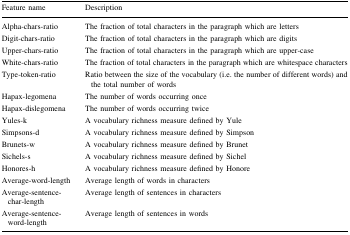
<table><thead><tr><td><b>Feature name</b></td><td><b>Description</b></td></tr></thead><tbody><tr><td>Alpha-chars-ratio</td><td>The fraction of total characters in the paragraph which are letters</td></tr><tr><td>Digit-chars-ratio</td><td>The fraction of total characters in the paragraph which are digits</td></tr><tr><td>Upper-chars-ratio</td><td>The fraction of total characters in the paragraph which are upper-case</td></tr><tr><td>White-chars-ratio</td><td>The fraction of total characters in the paragraph which are whitespace characters</td></tr><tr><td>Type-token-ratio</td><td>Ratio between the size of the vocabulary (i.e. the number of different words) and the total number of words</td></tr><tr><td>Hapax-legomena</td><td>The number of words occurring once</td></tr><tr><td>Hapax-dislegomena</td><td>The number of words occurring twice</td></tr><tr><td>Yules-k</td><td>A vocabulary richness measure defined by Yule</td></tr><tr><td>Simpsons-d</td><td>A vocabulary richness measure defined by Simpson</td></tr><tr><td>Brunets-w</td><td>A vocabulary richness measure defined by Brunet</td></tr><tr><td>Sichels-s</td><td>A vocabulary richness measure defined by Sichel</td></tr><tr><td>Honores-h</td><td>A vocabulary richness measure defined by Honore</td></tr><tr><td>Average-word-length</td><td>Average length of words in characters</td></tr><tr><td>Average-sentence-char-length</td><td>Average length of sentences in characters</td></tr><tr><td>Average-sentence-word-length</td><td>Average length of sentences in words</td></tr></tbody></table>